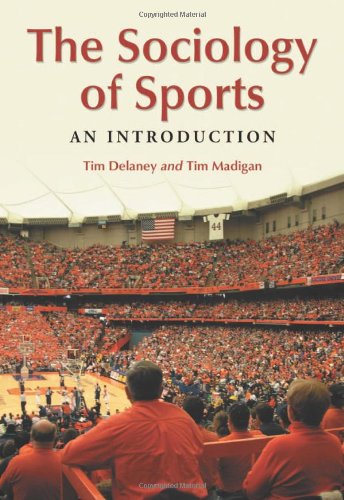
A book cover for The Sociology of Sports: An Introduction; Tim Delaney; Sports & Outdoors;